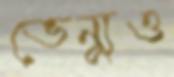
ভেন্যুও